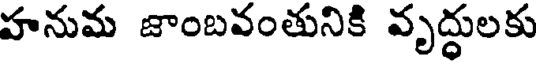
హనుమ జాంబవంతునికి వృద్ధులకు